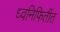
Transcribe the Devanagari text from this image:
ध्वनिफितींत